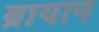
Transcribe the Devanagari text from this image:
ब्रायान